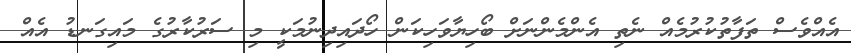
އެއްވެސް ތަފާތުކުރުމެއް ނެތި އެންމެންނަށް ބޯހިޔާވަހިކަން ހޯދައިދިނުމަކީ މި ސަރުކާރުގެ މައިގަނޑު އެއް